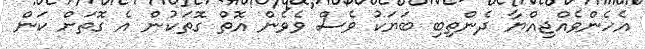
އެހެންވެއްޖިއްޔާ ދެންތިބި ބަޔަކު ވެސް ވެވެން އޮތް ގޮތަކުން އެ ގޮތަށް ކަން